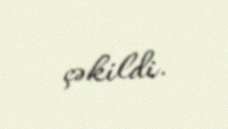
çəkildi.